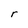
Character: r